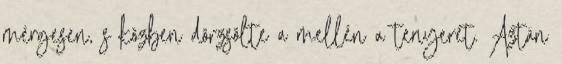
mérgesen, s közben dörzsölte a mellén a tenyerét. Aztán